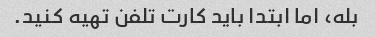
بله، اما ابتدا باید کارت تلفن تهیه کنید.